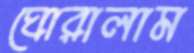
ঘোরালাম